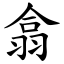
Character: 翕